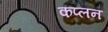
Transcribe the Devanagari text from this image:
कप्लन